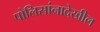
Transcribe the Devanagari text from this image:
पोलिसांनादेखील